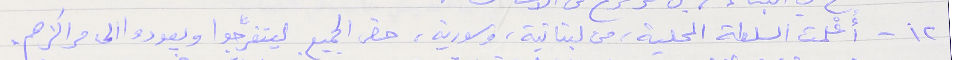
١٢ - أعْلمت السلطة المحلية، من لبنانية، وسورية، حضر الجميع ليتفرَّجوا ويعودوا الى مراكزهم.